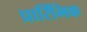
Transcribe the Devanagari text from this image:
प्रारिंभिक